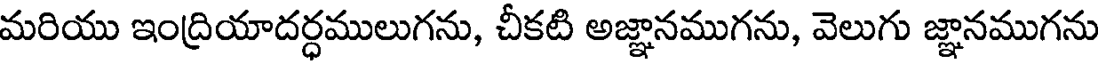
మరియు ఇంద్రియాదర్ధములుగను, చీకటి అజ్ఞానముగను, వెలుగు జ్ఞానముగను